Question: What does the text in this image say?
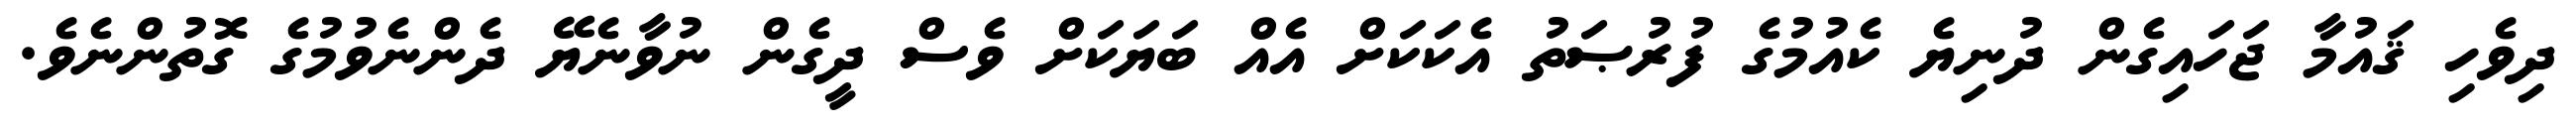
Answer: ދިވެހި ޤައުމާ ޖަހައިގެން ދުނިޔެ ކެއުމުގެ ފުރުޞަތު އެކަކަށް އެއް ބަޔަކަށް ވެސް ދީގެން ނުވާނެޔޭ ދެންނެވުމުގެ ގޮތުންނެވެ.